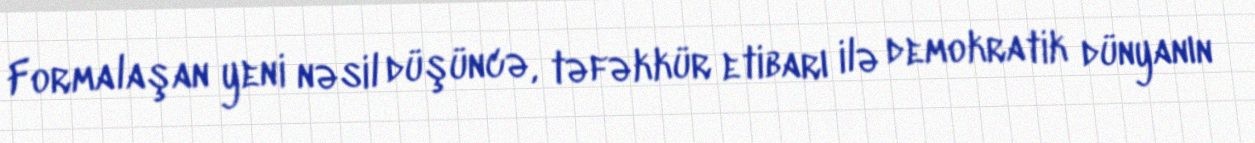
Formalaşan yeni nəsil düşüncə, təfəkkür etibarı ilə demokratik dünyanın